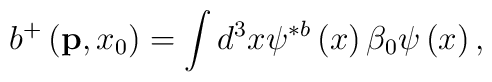
b^{+}\left( {\bf p},x_{0}\right) =\int d^{3}x\psi ^{\ast b}\left( x\right)\beta _{0}\psi \left( x\right) ,